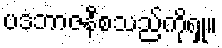
ပဒဘာဇနီစသည်ကိုရှု။